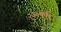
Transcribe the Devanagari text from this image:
२३०पर्यंत